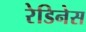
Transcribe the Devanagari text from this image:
रेडिनेस